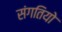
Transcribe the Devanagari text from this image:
संगतियो